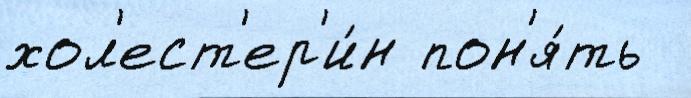
хол'ест'ер'и́н пон'я́ть